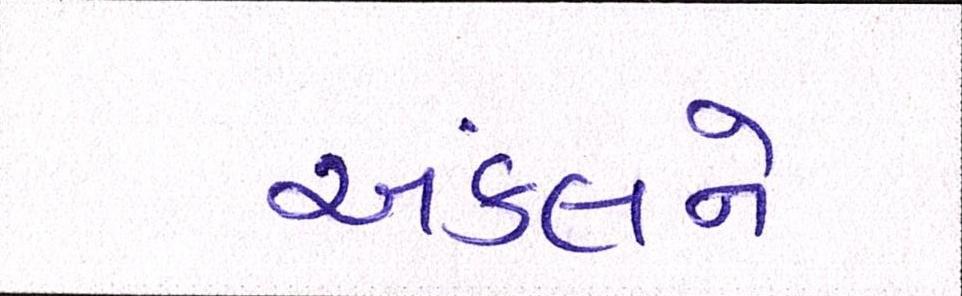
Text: અંકલને